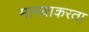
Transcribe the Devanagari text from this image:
मानवाकरता